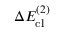
\Delta E _ { \mathrm { c l } } ^ { ( 2 ) }